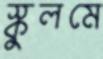
স্কুলমে